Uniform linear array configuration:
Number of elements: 48
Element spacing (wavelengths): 0.75
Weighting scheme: exponential
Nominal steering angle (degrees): -15
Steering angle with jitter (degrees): -16.52
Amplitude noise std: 0.05
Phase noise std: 0.05

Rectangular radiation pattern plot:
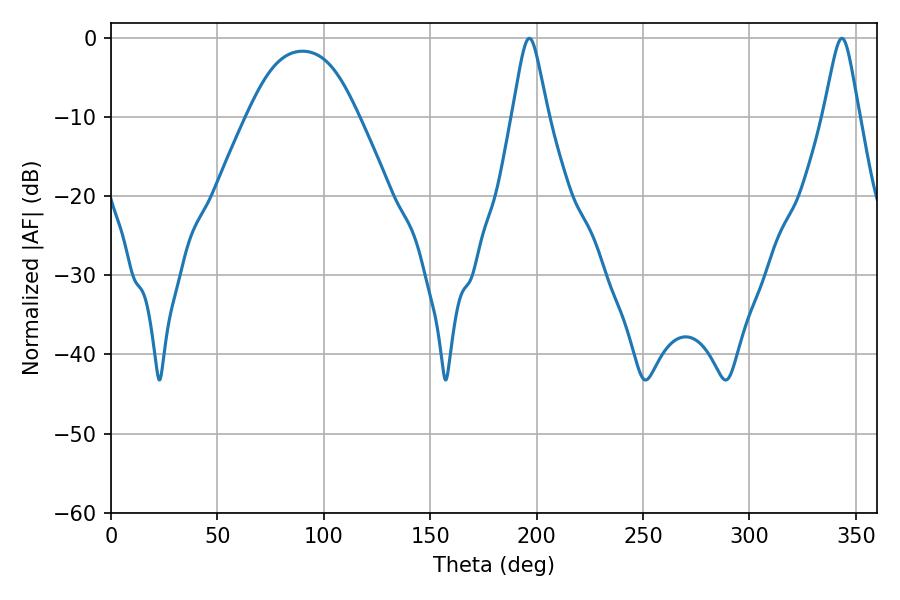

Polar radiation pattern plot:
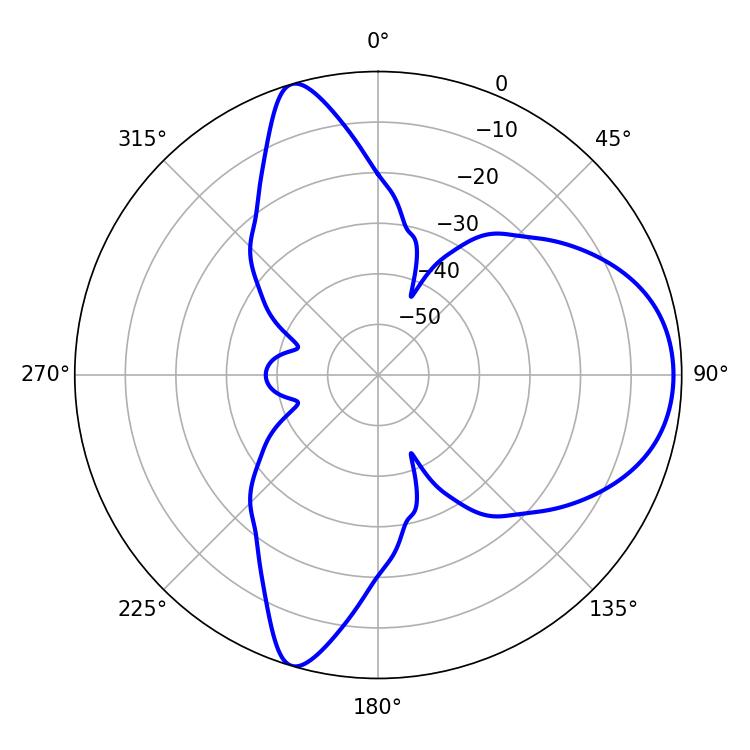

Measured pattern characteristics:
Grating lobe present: TRUE
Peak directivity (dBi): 8.074
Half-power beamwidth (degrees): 8.1
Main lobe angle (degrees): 196.56